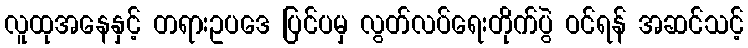
လူထုအနေနှင့် တရားဥပဒေ ပြင်ပမှ လွတ်လပ်ရေးတိုက်ပွဲ ဝင်ရန် အဆင်သင့်